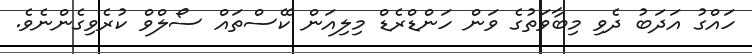
ހައްގު އަދަބު ދެވި މިބާވަތުގެ ވަން ހަންޑްރެޑް މިލިއަން ކޭސްތައް ސޯލްވް ކުރެވިގެންނެވެ.